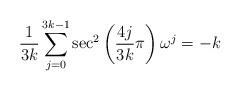
LaTeX: \begin{align*}\frac{1}{3k}\sum_{j=0}^{3k-1}\sec^2\left(\frac{4j}{3k} \pi\right)\omega^j=-k\end{align*}